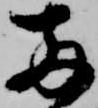
両